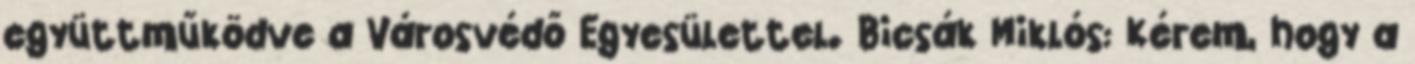
együttműködve a Városvédő Egyesülettel. Bicsák Miklós: Kérem, hogy a